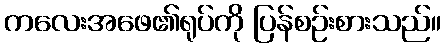
ကလေးအဖေ၏ရုပ်ကို ပြန်စဉ်းစားသည်။